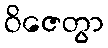
ဝိဇေတွာ